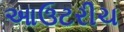
આઉટરીચ